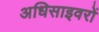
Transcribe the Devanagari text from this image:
अधिसाइवरों